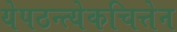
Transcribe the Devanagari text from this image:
येपठन्त्येकचित्तेन